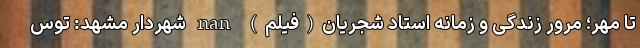
تا مهر؛ مرور زندگی و زمانه استاد شجریان(فیلم) nan شهردار مشهد: توس